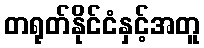
တရုတ်နိုင်ငံနှင့်အတူ